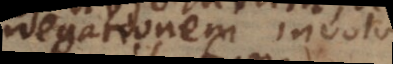
negationem involvit.